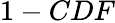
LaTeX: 1-CDF